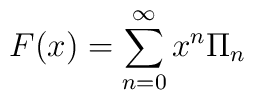
F(x)=\sum_{n=0}^\infty x^n \Pi_n